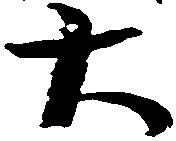
大